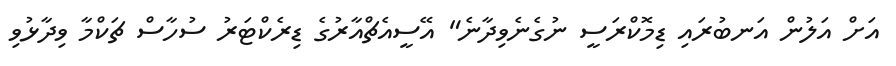
އަށް އަލުން އަނބުރައި ޑިމޮކްރަސީ ނުގެނެވިދާނެ" އޭސީއެޗްއާރުގެ ޑިރެކްޓަރު ސުހާސް ޗަކްމާ ވިދާޅުވި